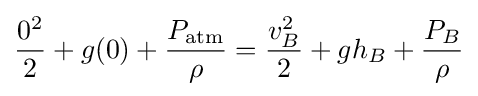
{0^{2} \over 2}+g(0)+{P_{\mathrm {atm} } \over \rho }={v_{B}^{2} \over 2}+gh_{B}+{P_{B} \over \rho }